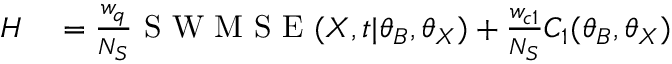
\begin{array} { r l } { H } & { { } = \frac { w _ { q } } { N _ { S } } \mathrm { ~ S ~ W ~ M ~ S ~ E ~ } ( \boldsymbol { X } , \boldsymbol { t } | \boldsymbol { \theta } _ { B } , \boldsymbol { \theta } _ { X } ) + \frac { w _ { c 1 } } { N _ { S } } C _ { 1 } ( \boldsymbol { \theta } _ { B } , \boldsymbol { \theta } _ { X } ) } \end{array}